Lunatic asylums Punjab 1868-1880 - 1868-1880
Year: 1868
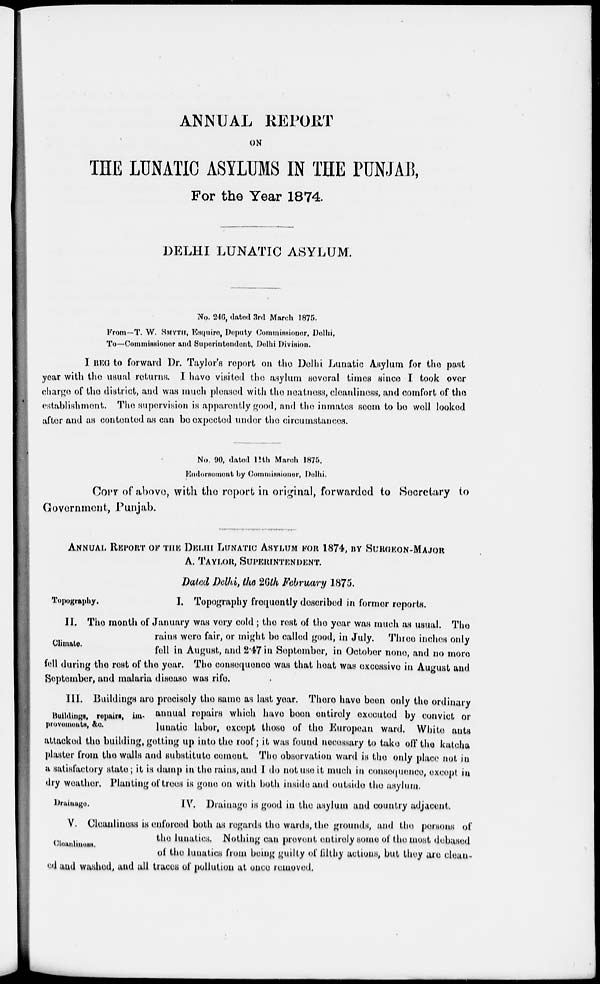
ANNUAL REPORT
ON
THE LUNATIC ASYLUMS IN THE PUNJAB,
For the Year 1874.
DELHI LUNATIC ASYLUM.
No. 246, dated 3rd March 1875.
From—T. W. SMYTH, Esquire, Deputy Commissioner, Delhi,
To—Commissioner and Superintendent, Delhi Division.
I BEG to forward Dr. Taylor's report on the Delhi Lunatic Asylum for the past
year with the usual returns. I have visited the asylum several times since I took over
charge of the district, and was much pleased with the neatness, cleanliness, and comfort of the
establishment. The supervision is apparently good, and the inmates seem to be well looked
after and as contented as can be expected under the circumstances.
No. 90, dated 11th March 1875.
Endorsement by Commissioner, Delhi.
COPY of above, with the report in original, forwarded to Secretary to
Government, Punjab.
ANNUAL REPORT OF THE DELHI LUNATIC ASYLUM FOR 1874, BY SURGEON-MAJOR
A. TAYLOR, SUPERINTENDENT.
Dated Delhi, the 26th February 1875.
Topography.
I. Topography frequently doscribed in former reports.
Climate.
II. The month of January was very cold; the rest of the year was much as usual. The
rains were fair, or might bo called good, in July. Three inches only
fell in August, and 2.47 in September, in October none, and no more
fell during the rest of the year. The consequence was that heat was excessive in August and
September, and malaria disease was rife.
Buildings, repairs, im-
provements, &c.
III. Buildings are precisely the same as last year. There have been only the ordinary
annual repairs which have been entirely executed by convict or
lunatic labor, except those of the European ward. White ants
attacked the building, getting up into the roof; it was found necessary to take off the katcha
plaster from the walls and substitute cement. The observation ward is the only place not in
a satisfactory state; it is damp in the rains, and I do not use it much in consequence, except in
dry weather. Planting of trees is gone on with both inside and outside the asylum.
Drainage.
IV. Drainage is good in the asylum and country adjacent.
Cleanliness.
V. Cleanliness is enforced both as regards the wards, the grounds, and the persons of
the lunatics. Nothing can prevent entirely some of the most debased
of the lunatics from being guilty of filthy actions, but they are clean-
ed and washed, and all traces of pollution at once removed.